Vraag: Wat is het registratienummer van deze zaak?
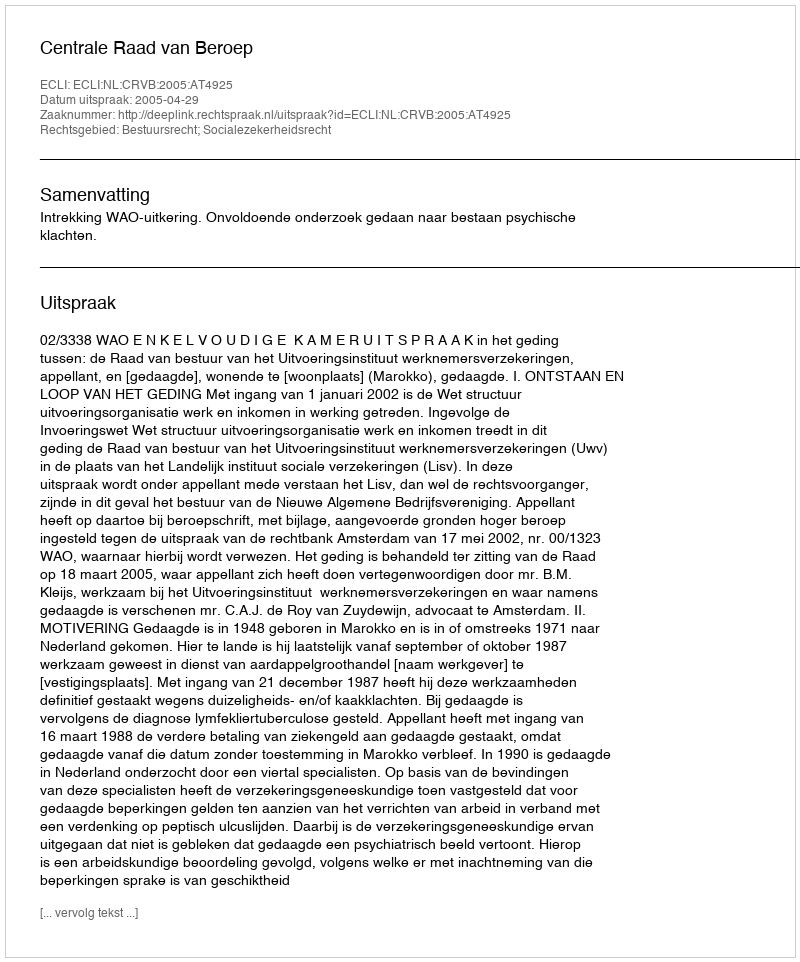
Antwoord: http://deeplink.rechtspraak.nl/uitspraak?id=ECLI:NL:CRVB:2005:AT4925